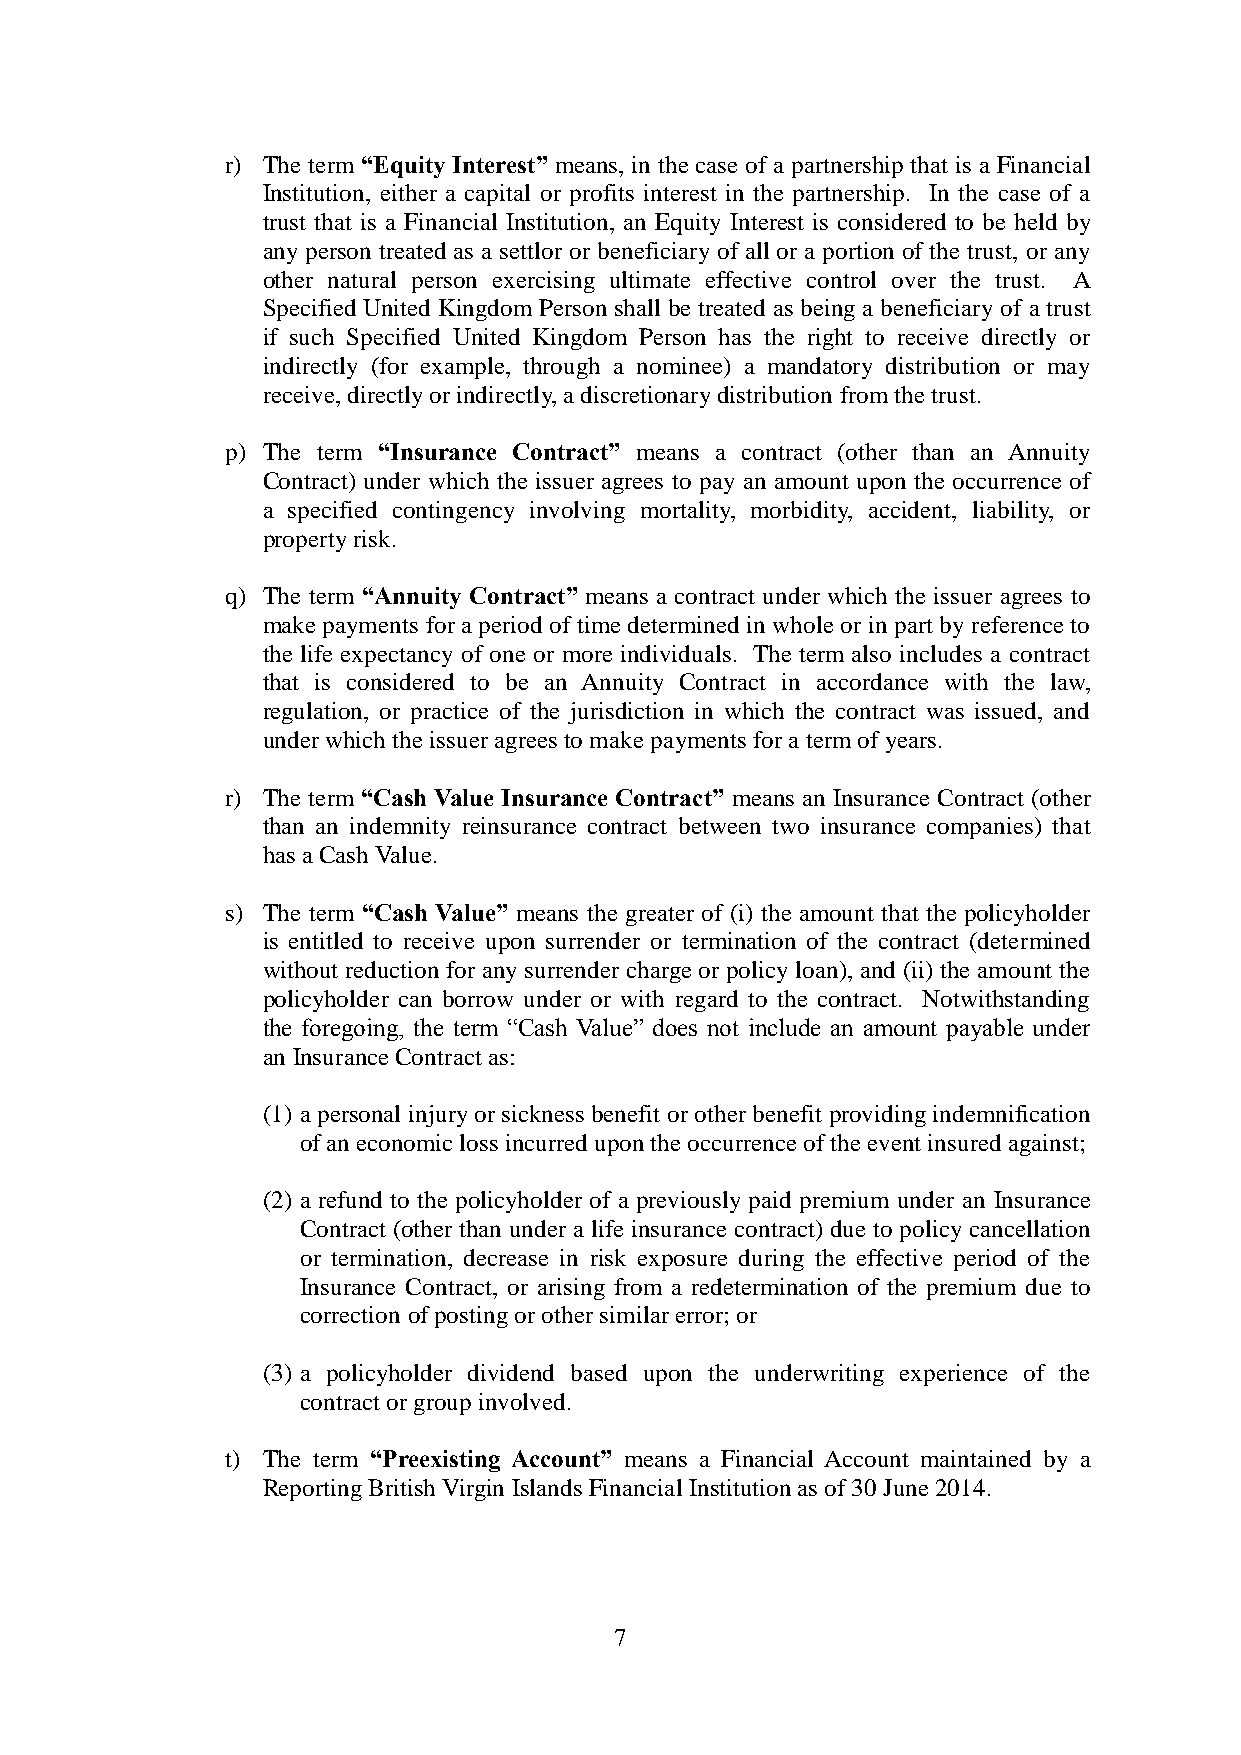
r) The term “Equity Interest” means, in the case of a partnership that is a Financial
 Institution, either a capital or profits interest in the partnership. In the case of a
 trust that is a Financial Institution, an Equity Interest is considered to be held by
 any person treated as a settlor or beneficiary of all or a portion of the trust, or any
 other natural person exercising ultimate effective control over the trust. A
 Specified United Kingdom Person shall be treated as being a beneficiary of a trust
 if such Specified United Kingdom Person has the right to receive directly or
 indirectly (for example, through a nominee) a mandatory distribution or may
 receive, directly or indirectly, a discretionary distribution from the trust.
 p) The term “Insurance Contract” means a contract (other than an Annuity
 Contract) under which the issuer agrees to pay an amount upon the occurrence of
 a specified contingency involving mortality, morbidity, accident, liability, or
 property risk.
 q) The term “Annuity Contract” means a contract under which the issuer agrees to
 make payments for a period of time determined in whole or in part by reference to
 the life expectancy of one or more individuals. The term also includes a contract
 that is considered to be an Annuity Contract in accordance with the law,
 regulation, or practice of the jurisdiction in which the contract was issued, and
 under which the issuer agrees to make payments for a term of years.
 r) The term “Cash Value Insurance Contract” means an Insurance Contract (other
 than an indemnity reinsurance contract between two insurance companies) that
 has a Cash Value.
 s) The term “Cash Value” means the greater of (i) the amount that the policyholder
 is entitled to receive upon surrender or termination of the contract (determined
 without reduction for any surrender charge or policy loan), and (ii) the amount the
 policyholder can borrow under or with regard to the contract. Notwithstanding
 the foregoing, the term “Cash Value” does not include an amount payable under
 an Insurance Contract as:
 (1) a personal injury or sickness benefit or other benefit providing indemnification
 of an economic loss incurred upon the occurrence of the event insured against;
 (2) a refund to the policyholder of a previously paid premium under an Insurance
 Contract (other than under a life insurance contract) due to policy cancellation
 or termination, decrease in risk exposure during the effective period of the
 Insurance Contract, or arising from a redetermination of the premium due to
 correction of posting or other similar error; or
 (3) a policyholder dividend based upon the underwriting experience of the
 contract or group involved.
 t) The term “Preexisting Account” means a Financial Account maintained by a
 Reporting British Virgin Islands Financial Institution as of 30 June 2014.
 7